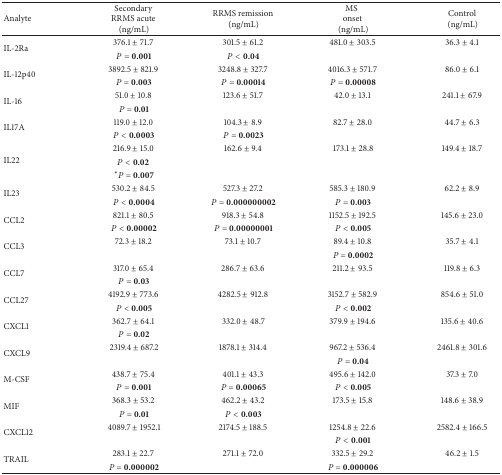
<table><thead><tr><td><b>Analyte</b></td><td><b> Secondary RRMS acute (ng/mL)</b></td><td><b>RRMS remission(ng/mL)</b></td><td><b>MSonset (ng/mL)</b></td><td><b>Control(ng/mL)</b></td></tr></thead><tbody><tr><td rowspan="2">IL-2Ra </td><td>376.1 ± 71.7 </td><td>301.5 ± 61.2 </td><td>481.0 ± 303.5 </td><td>36.3 ± 4.1 </td></tr><tr><td><i>P</i> = <b>0.001</b></td><td><i>P</i> &lt; <b>0.04</b></td><td> </td><td> </td></tr><tr><td rowspan="2">IL-12p40</td><td>3892.5 ± 821.9 </td><td>3248.8 ± 327.7 </td><td>4016.3 ± 571.7 </td><td>86.0 ± 6.1 </td></tr><tr><td><i>P</i> = <b>0.003</b></td><td><i>P</i> = <b>0.00014</b></td><td><i>P</i> = <b>0.00008</b></td><td> </td></tr><tr><td rowspan="2">IL-16 </td><td>51.0 ± 10.8 </td><td>123.6 ± 51.7 </td><td>42.0 ± 13.1 </td><td>241.1 ± 67.9 </td></tr><tr><td><i>P</i> = <b>0.01</b></td><td> </td><td> </td><td> </td></tr><tr><td rowspan="2">IL17A</td><td>119.0 ± 12.0 </td><td>104.3 ± 8.9 </td><td>82.7 ± 28.0 </td><td>44.7 ± 6.3 </td></tr><tr><td><i>P</i> &lt; <b>0.0003</b></td><td><i>P</i> = <b>0.0023</b></td><td> </td><td> </td></tr><tr><td rowspan="3">IL22 </td><td>216.9 ± 15.0 </td><td>162.6 ± 9.4 </td><td>173.1 ± 28.8</td><td>149.4 ± 18.7 </td></tr><tr><td><i>P</i> &lt; <b>0.02</b> </td><td> </td><td> </td><td> </td></tr><tr><td><sup>*</sup><i>P</i> = <b>0.007</b></td><td> </td><td> </td><td> </td></tr><tr><td rowspan="2">IL23 </td><td>530.2 ± 84.5 </td><td>527.3 ± 27.2 </td><td>585.3 ± 180.9 </td><td>62.2 ± 8.9 </td></tr><tr><td><i>P</i> &lt; <b>0.0004</b></td><td><i>P</i> = <b>0.000000002</b></td><td><i>P</i> = <b>0.003</b></td><td> </td></tr><tr><td rowspan="2">CCL2 </td><td>821.1 ± 80.5 </td><td>918.3 ± 54.8 </td><td>1152.5 ± 192.5 </td><td>145.6 ± 23.0 </td></tr><tr><td><i>P</i> &lt; <b>0.00002</b></td><td><i>P</i> = <b>0.00000001</b></td><td><i>P</i> &lt; <b>0.005</b></td><td> </td></tr><tr><td rowspan="2">CCL3</td><td>72.3 ± 18.2 </td><td>73.1 ± 10.7 </td><td>89.4 ± 10.8 </td><td>35.7 ± 4.1 </td></tr><tr><td> </td><td> </td><td><i>P</i> = <b>0.0002</b></td><td> </td></tr><tr><td rowspan="2">CCL7 </td><td>317.0 ± 65.4 </td><td>286.7 ± 63.6 </td><td>211.2 ± 93.5 </td><td>119.8 ± 6.3 </td></tr><tr><td><i>P</i> = <b>0.03</b></td><td> </td><td> </td><td> </td></tr><tr><td rowspan="2">CCL27</td><td>4192.9 ± 773.6 </td><td>4282.5 ± 912.8 </td><td>3152.7 ± 582.9 </td><td>854.6 ± 51.0 </td></tr><tr><td><i>P</i> &lt; <b>0.005</b></td><td> </td><td><i>P</i> &lt; <b>0.002</b></td><td> </td></tr><tr><td rowspan="2">CXCL1</td><td>362.7 ± 64.1 </td><td>332.0 ± 48.7</td><td>379.9 ± 194.6 </td><td>135.6 ± 40.6 </td></tr><tr><td><i>P</i> = <b>0.02</b></td><td> </td><td> </td><td> </td></tr><tr><td rowspan="2">CXCL9</td><td>2319.4 ± 687.2</td><td>1878.1 ± 314.4 </td><td>967.2 ± 536.4 </td><td>2461.8 ± 301.6 </td></tr><tr><td> </td><td> </td><td><i>P</i> = <b>0.04</b></td><td> </td></tr><tr><td rowspan="2">M-CSF</td><td>438.7 ± 75.4 </td><td>401.1 ± 43.3 </td><td>495.6 ± 142.0 </td><td>37.3 ± 7.0 </td></tr><tr><td><i>P</i> = <b>0.001</b></td><td><i>P</i> = <b>0.00065</b></td><td><i>P</i> &lt; <b>0.005</b></td><td> </td></tr><tr><td rowspan="2">MIF </td><td>368.3 ± 53.2 </td><td>462.2 ± 43.2 </td><td>173.5 ± 15.8 </td><td>148.6 ± 38.9 </td></tr><tr><td><i>P</i> = <b>0.01</b></td><td><i>P</i> &lt; <b>0.003</b></td><td> </td><td> </td></tr><tr><td rowspan="2">CXCL12 </td><td>4089.7 ± 1952.1</td><td>2174.5 ± 188.5 </td><td>1254.8 ± 22.6 </td><td>2582.4 ± 166.5 </td></tr><tr><td> </td><td> </td><td><i>P</i> &lt; <b>0.001</b></td><td> </td></tr><tr><td rowspan="2">TRAIL </td><td>283.1 ± 22.7 </td><td>271.1 ± 72.0 </td><td>332.5 ± 29.2 </td><td>46.2 ± 1.5 </td></tr><tr><td><i>P</i> = <b>0.000002</b></td><td> </td><td><i>P</i> = <b>0.000006</b></td><td> </td></tr></tbody></table>